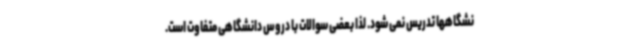
نشگاهها تدریس نمی شود. لذا بعضی سوالات با دروس دانشگاهی متفاوت است.